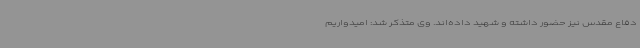
دفاع مقدس نیز حضور داشته و شهید داده‌اند. وی متذکر شد: امیدواریم